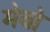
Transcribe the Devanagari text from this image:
मेवो